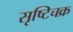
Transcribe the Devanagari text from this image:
सृष्टिचक्र